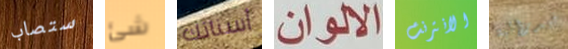
ستصاب شئ أسنانك الالوان الانترنت فيدرالية